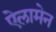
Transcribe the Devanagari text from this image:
ऐलामेन